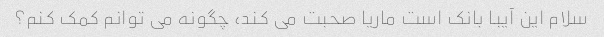
سلام این آیبا بانک است ماریا صحبت می کند، چگونه می توانم کمک کنم؟